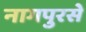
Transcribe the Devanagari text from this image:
नागपुरसे